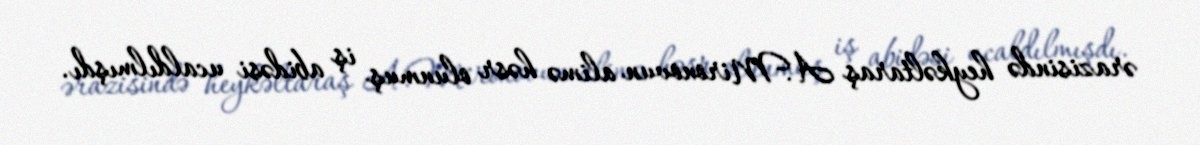
ərazisində heykəltaraş A.Mironovun alimə həsr olunmuş iş abidəsi ucaldılmışdı.